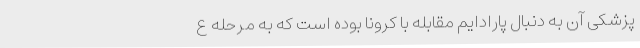
پزشکی آن به دنبال پارادایم مقابله با کرونا بوده است که به مرحله ع